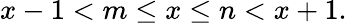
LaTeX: x-1<m\leq x\leq n<x+1.